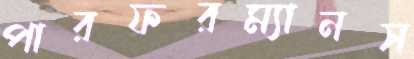
পারফরম্যানস